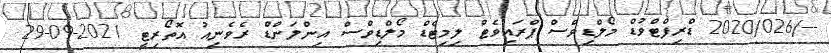
--/2020/026 ޑްރިފްޓްވުޑް މޯލްޑިވްސް ޕްރައިވެޓް ލިމިޓެޑް މޯލްޑިވްސް އިންލަންޑް ރެވެނިއު އޮތޯރިޓީ 2021-09-29